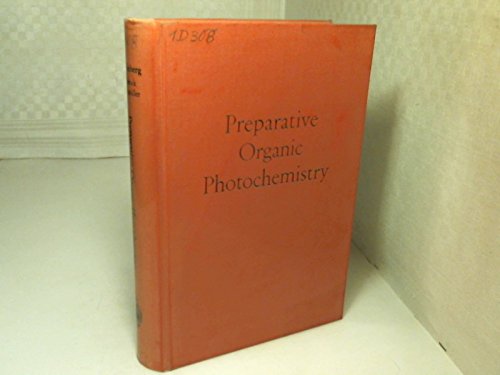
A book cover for Preparative Organic Photochemistry; Alexander SchÃ¶nberg; Science & Math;